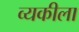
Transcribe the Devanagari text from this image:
व्यकीला